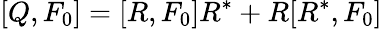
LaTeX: [Q,F_{0}]=[R,F_{0}]R^{*}+R[R^{*},F_{0}]